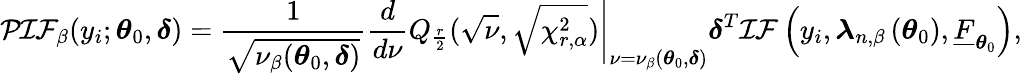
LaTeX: \mathcal{PIF}_{\beta}(y_{i};\boldsymbol{\theta}_{0},\boldsymbol{\delta})=\frac{1}{\sqrt{\nu_{\beta}(\boldsymbol{\theta}_{0},\boldsymbol{\delta})}}\left.\frac{d}{d\nu}Q_{\frac{r}{2}}(\sqrt{\nu},\sqrt{\chi_{r,\alpha}^{2}})\right\vert_{\nu=\nu_{\beta}(\boldsymbol{\theta}_{0},\boldsymbol{\delta})}\boldsymbol{\delta}^{T}\mathcal{IF}\left(y_{i},\boldsymbol{\lambda}_{n,\beta}\left(\boldsymbol{\theta}_{0}\right),\underline{{F}}_{\boldsymbol{\theta}_{0}}\right),